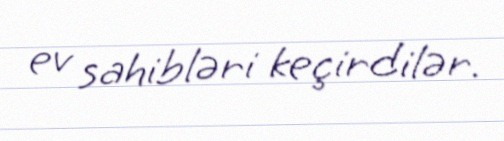
ev sahibləri keçirdilər.